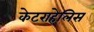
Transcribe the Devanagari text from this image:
केटराहेलिस